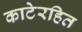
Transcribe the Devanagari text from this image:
काटेरहित